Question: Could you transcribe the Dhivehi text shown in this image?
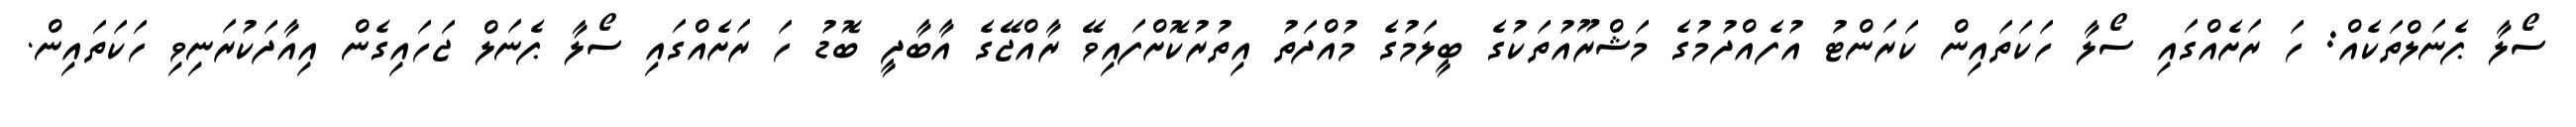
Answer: ސޯލާ ޕެނަލްތަކެއް: ހަ ރަށެއްގައި ސޯލާ ހަކަތައިން ކަރަންޓު އުފެއްދުމުގެ މަޝްރޫއުތަކުގެ ބީލަމުގެ މުއްދަތު އިތުރުކޮށްފައިވޭ ރާއްޖޭގެ އާބާދީ ބޮޑު ހަ ރަށެއްގައި ސޯލާ ޕެނަލް ޖަހައިގެން އިއާދަކުރަނިވި ހަކަތައިން.